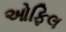
ઓફિલ